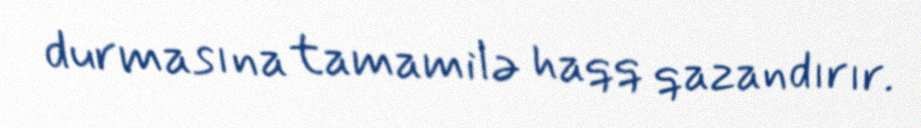
durmasına tamamilə haqq qazandırır.